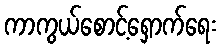
ကာကွယ်စောင့်ရှောက်ရေး